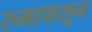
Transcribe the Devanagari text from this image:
रुमापासून